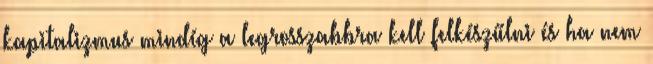
kapitalizmus mindíg a legrosszabbra kell felkészűlni és ha nem